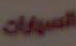
السيارات